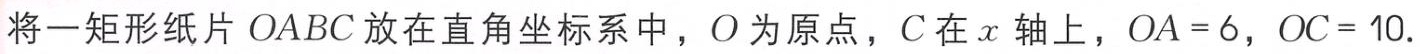
将一矩形纸片\(OABC\)放在直角坐标系中，\(O\)为原点，\(C\)在\(x\)轴上，\(OA = 6\)，\(OC = 10\).